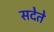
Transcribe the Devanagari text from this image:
सदेते